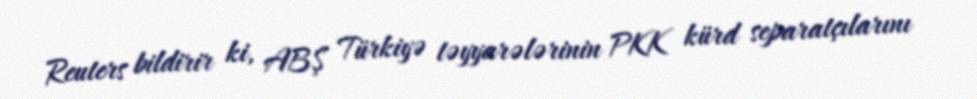
Reuters bildirir ki, ABŞ Türkiyə təyyarələrinin PKK kürd separatçılarını